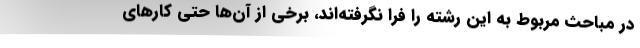
در مباحث مربوط به این رشته را فرا نگرفته‌اند، برخی از آن‌ها حتی کارهای